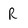
Character: R